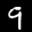
Label: 9